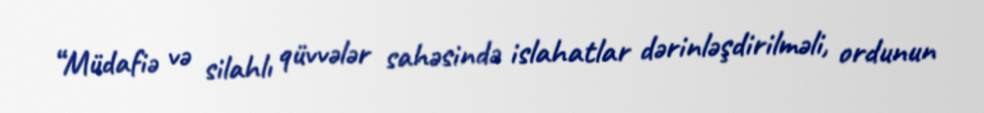
“Müdafiə və silahlı qüvvələr sahəsində islahatlar dərinləşdirilməli, ordunun